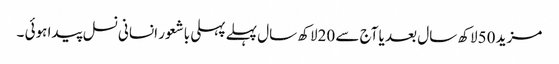
مزید 50لاکھ سال بعد یا آج سے 20لاکھ سال پہلے پہلی باشعور انسانی نسل پیدا ہوئی ۔